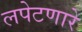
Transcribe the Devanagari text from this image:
लपेटणारे